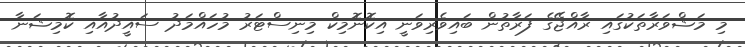
މި މަޝްވަރާތަކުގައި ރާއްޖޭގެ ފަރާތުން ބައިވެރިވަނީ އިކޮނޮމިކް މިނިސްޓަރު މުހައްމަދު ސައީދުއާއި ކޮމިޝަނާ